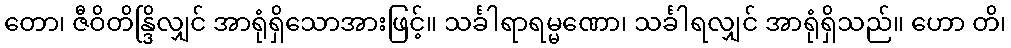
တော၊ ဇီဝိတိန္ဒြိလျှင် အာရုံရှိသောအားဖြင့်။ သင်္ခါရာရမ္မဏော၊ သင်္ခါရလျှင် အာရုံရှိသည်။ ဟော တိ၊